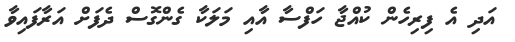
އަދި އެ ފިރިހެން ކުއްޖާ ހަފްސާ އާއި މަލަކާ ގެންގޮސް ދެފަށް އަރާފައިވާ